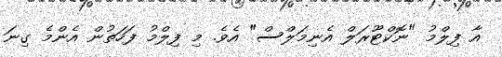
އާ ފިލްމު "ނޮކްޓޫރަލް އެނިމަލްސް" އެވެ. މި ފިލްމު ފަހަތުން އެންމެ ގިނަ